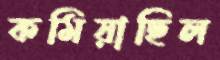
কমিয়াছিল